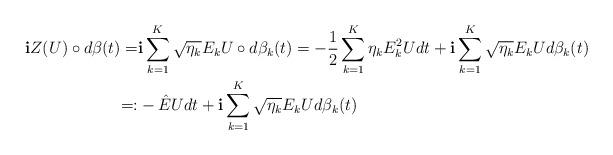
LaTeX: \begin{align*}\mathbf{i}Z(U)\circ d\beta(t)=&\mathbf{i}\sum_{k=1}^K\sqrt{\eta_k}E_kU\circ d\beta_k(t)=-\frac12\sum_{k=1}^K\eta_kE_k^2Udt+\mathbf{i}\sum_{k=1}^K\sqrt{\eta_k}E_kUd\beta_k(t)\\=:&-\hat{E}Udt+\mathbf{i}\sum_{k=1}^K\sqrt{\eta_k}E_kUd\beta_k(t)\end{align*}